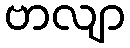
ဗာလျာ